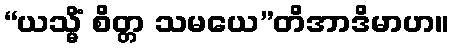
“ယသ္မိံ စိတ္တ သမယေ”တိအာဒိမာဟ။